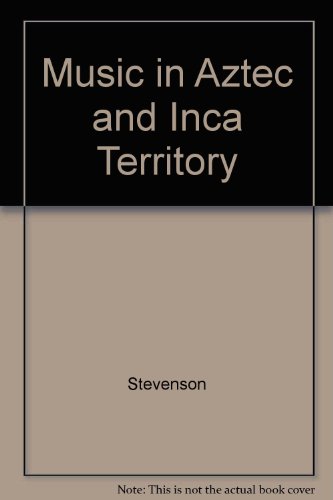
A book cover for Music in Aztec and Inca Territory; Robert Stevenson; History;